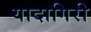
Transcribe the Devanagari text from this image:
यादागिरी